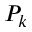
P _ { k }